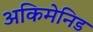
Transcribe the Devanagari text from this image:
अकिमेनिड